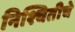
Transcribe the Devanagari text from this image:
निश्चितीचे